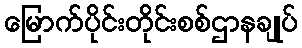
မြောက်ပိုင်းတိုင်းစစ်ဌာနချုပ်